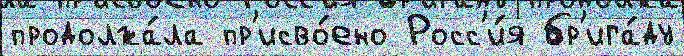
продолжа́ла пр'исво́ено Росс'и́я бр'ига́ду